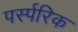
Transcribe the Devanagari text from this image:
पर्स्परिक